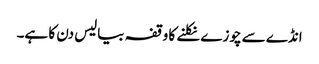
انڈے سے چوزے نکلنے کا وقفہ بیالیس دن کا ہے۔